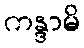
ကန္ဒာမိ